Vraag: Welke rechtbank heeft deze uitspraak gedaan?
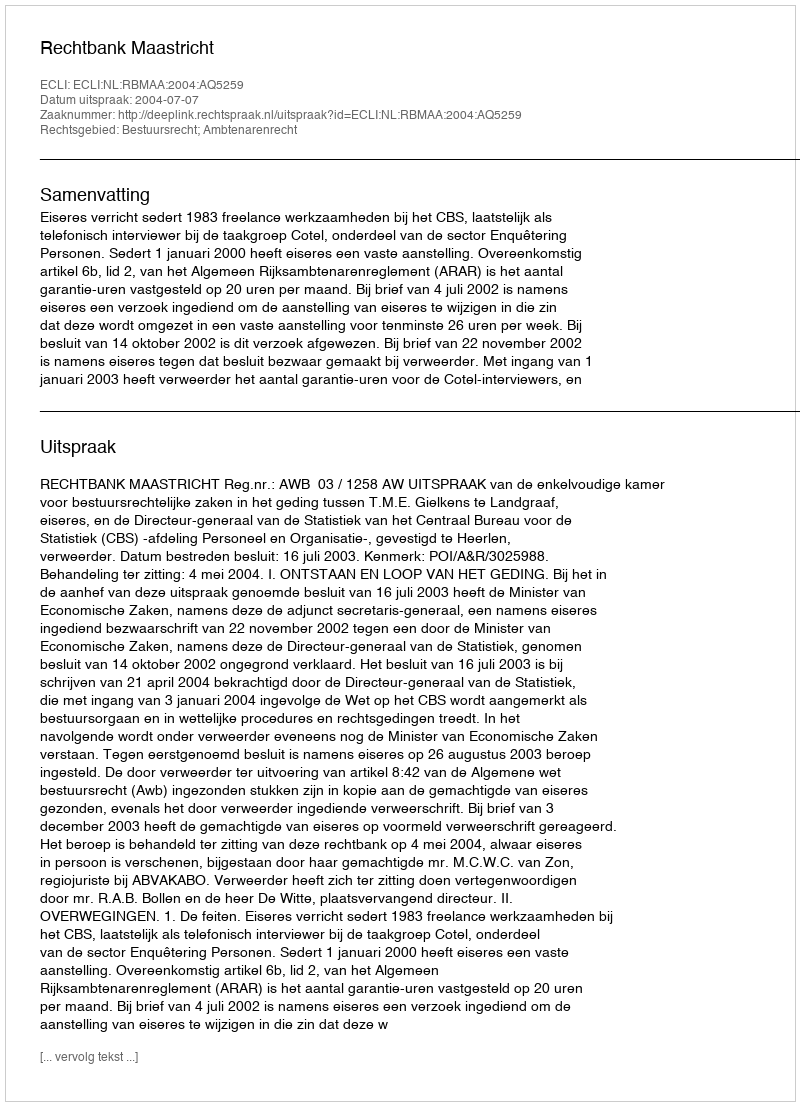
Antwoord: Rechtbank Maastricht